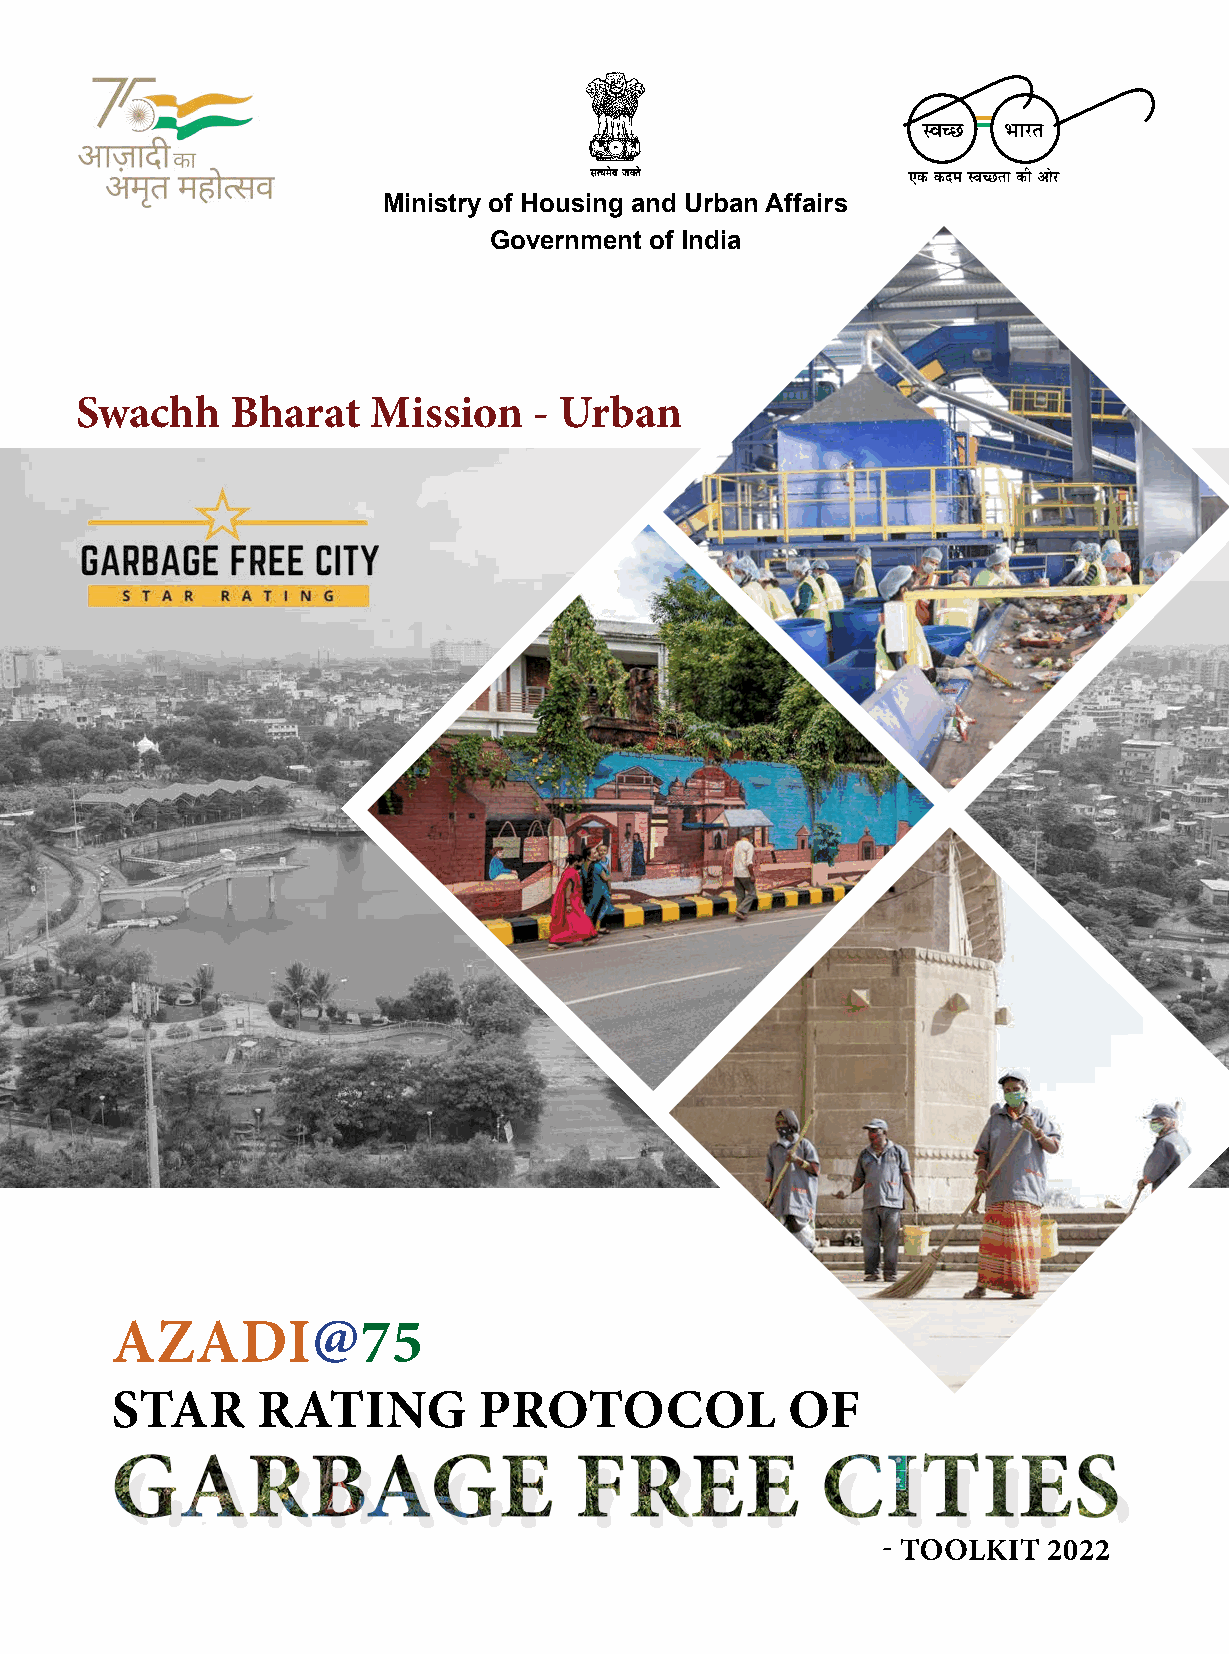
Ministry of Housing and Urban Affairs
 Government of India
 Swachh    Bharat    Mission   - Urban
 1
 STAR RATING of GARBAGE FREE CITIES 2022